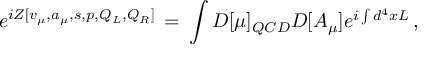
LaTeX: e ^ { i { \cal Z } [ v _ { \mu } , a _ { \mu } , s , p , Q _ { L } , Q _ { R } ] } \, = \, \int { \cal D } [ \mu ] _ { Q C D } { \cal D } [ A _ { \mu } ] e ^ { i \int d ^ { 4 } x { \cal L } } \, ,